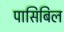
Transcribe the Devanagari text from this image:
पासिबिल